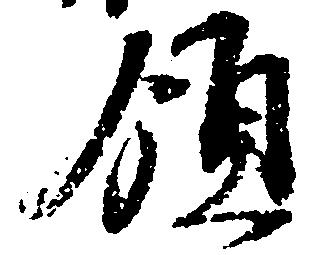
領